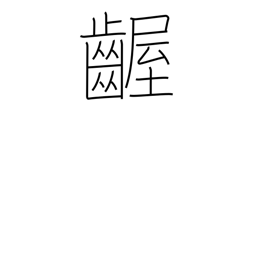
Meaning: fretful